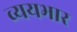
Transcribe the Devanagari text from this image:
व्ययभार